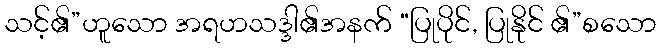
သင့်၏”ဟူသော အရဟသဒ္ဒါ၏အနက် “ပြုပိုင်, ပြုနိုင် ၏”စသော